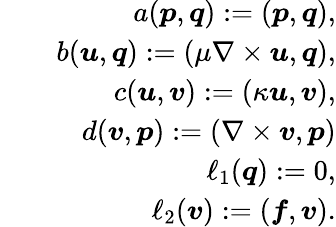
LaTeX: \begin{array}{rlr}&{}&{a(\boldsymbol{p},\boldsymbol{q}):=(\boldsymbol{p},\boldsymbol{q}),}\\ &{}&{b(\boldsymbol{u},\boldsymbol{q}):=(\mu\nabla\times\boldsymbol{u},\boldsymbol{q}),}\\ &{}&{c(\boldsymbol{u},\boldsymbol{v}):=(\kappa\boldsymbol{u},\boldsymbol{v}),}\\ &{}&{d(\boldsymbol{v},\boldsymbol{p}):=(\nabla\times\boldsymbol{v},\boldsymbol{p})}\\ &{}&{\ell_{1}(\boldsymbol{q}):=0,}\\ &{}&{\ell_{2}(\boldsymbol{v}):=(\boldsymbol{f},\boldsymbol{v}).}\end{array}